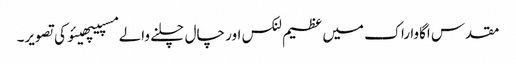
مقدس اگاوا راک میں عظیم لنکس اور چال چلنے والے مسپیپھیئو کی تصویر۔